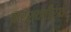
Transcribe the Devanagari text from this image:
पार्श्वतीर्थ